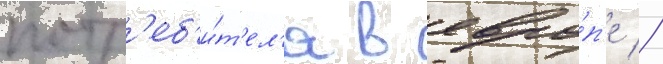
потр'еб'и́т'ел'я в евро́п'е //